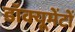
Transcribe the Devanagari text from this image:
डॉक्यूमेंटों